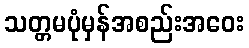
သတ္တမပုံမှန်အစည်းအဝေး